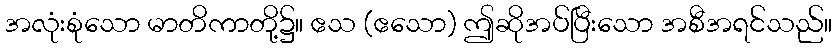
အလုံးစုံသော မာတိကာတို့၌။ ဧသ (ဧသော) ဤဆိုအပ်ပြီးသော အစီအရင်သည်။